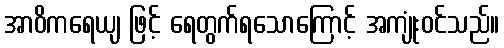
အာဝိကရေယျ ဖြင့် ရေတွက်ရသောကြောင့် အကျုံးဝင်သည်။